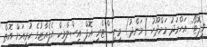
ވީފޮޓޯ: އަހްމަދު މަމްދޫހު (މަންދު) މިނިސްޓްރީ އޮފް އިސްލާމިކް އެފެއާޒުގެ ކުރިއަށް އޮތް